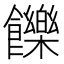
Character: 𩟧